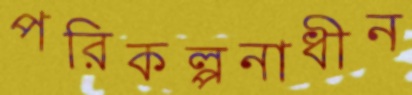
পরিকল্পনাধীন